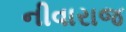
નીવારાજ